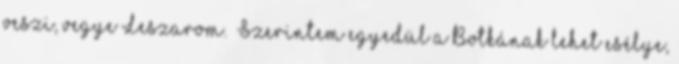
veszi, vegye Leszarom. “Szerintem egyedül a Botkának lehet esélye,